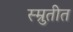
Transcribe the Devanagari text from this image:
स्म्रुतीत